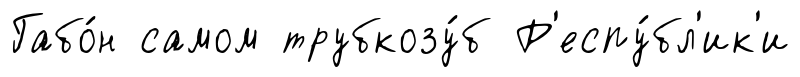
Габо́н самом трубкозу́б Р'еспу́бл'ик'и